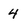
Character: 4